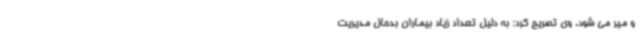
و میر می شود. وی تصریح کرد: به دلیل تعداد زیاد بیماران بدحال مدیریت